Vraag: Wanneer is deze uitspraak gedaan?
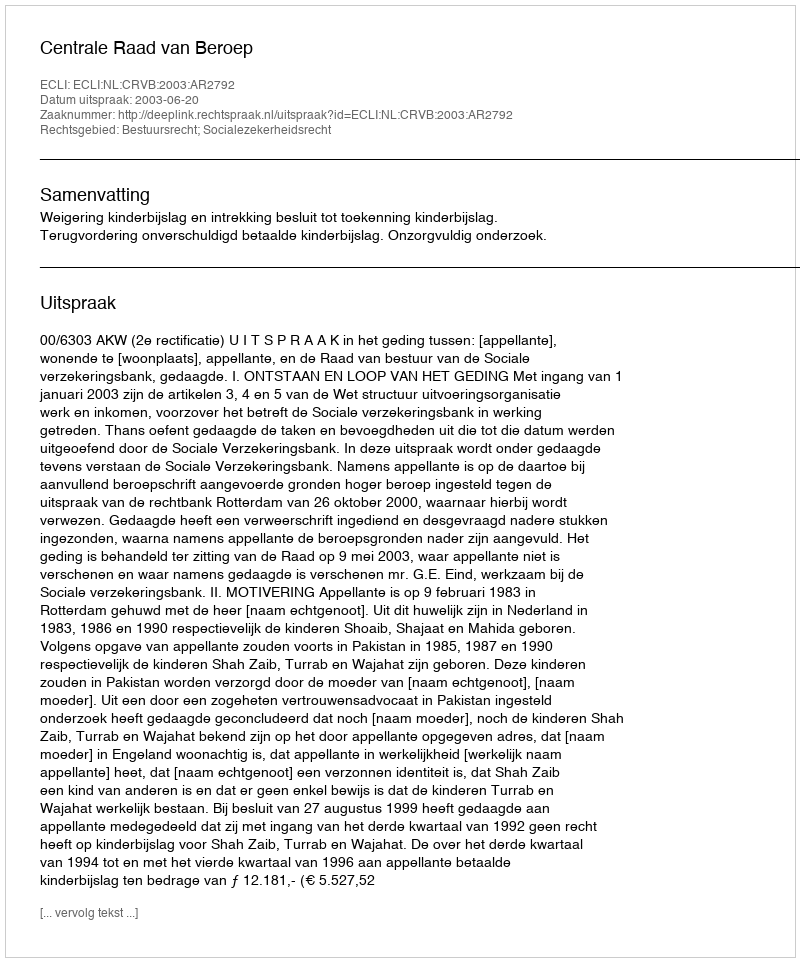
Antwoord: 2003-06-20